Rapla_vallavalitsus, lk 17
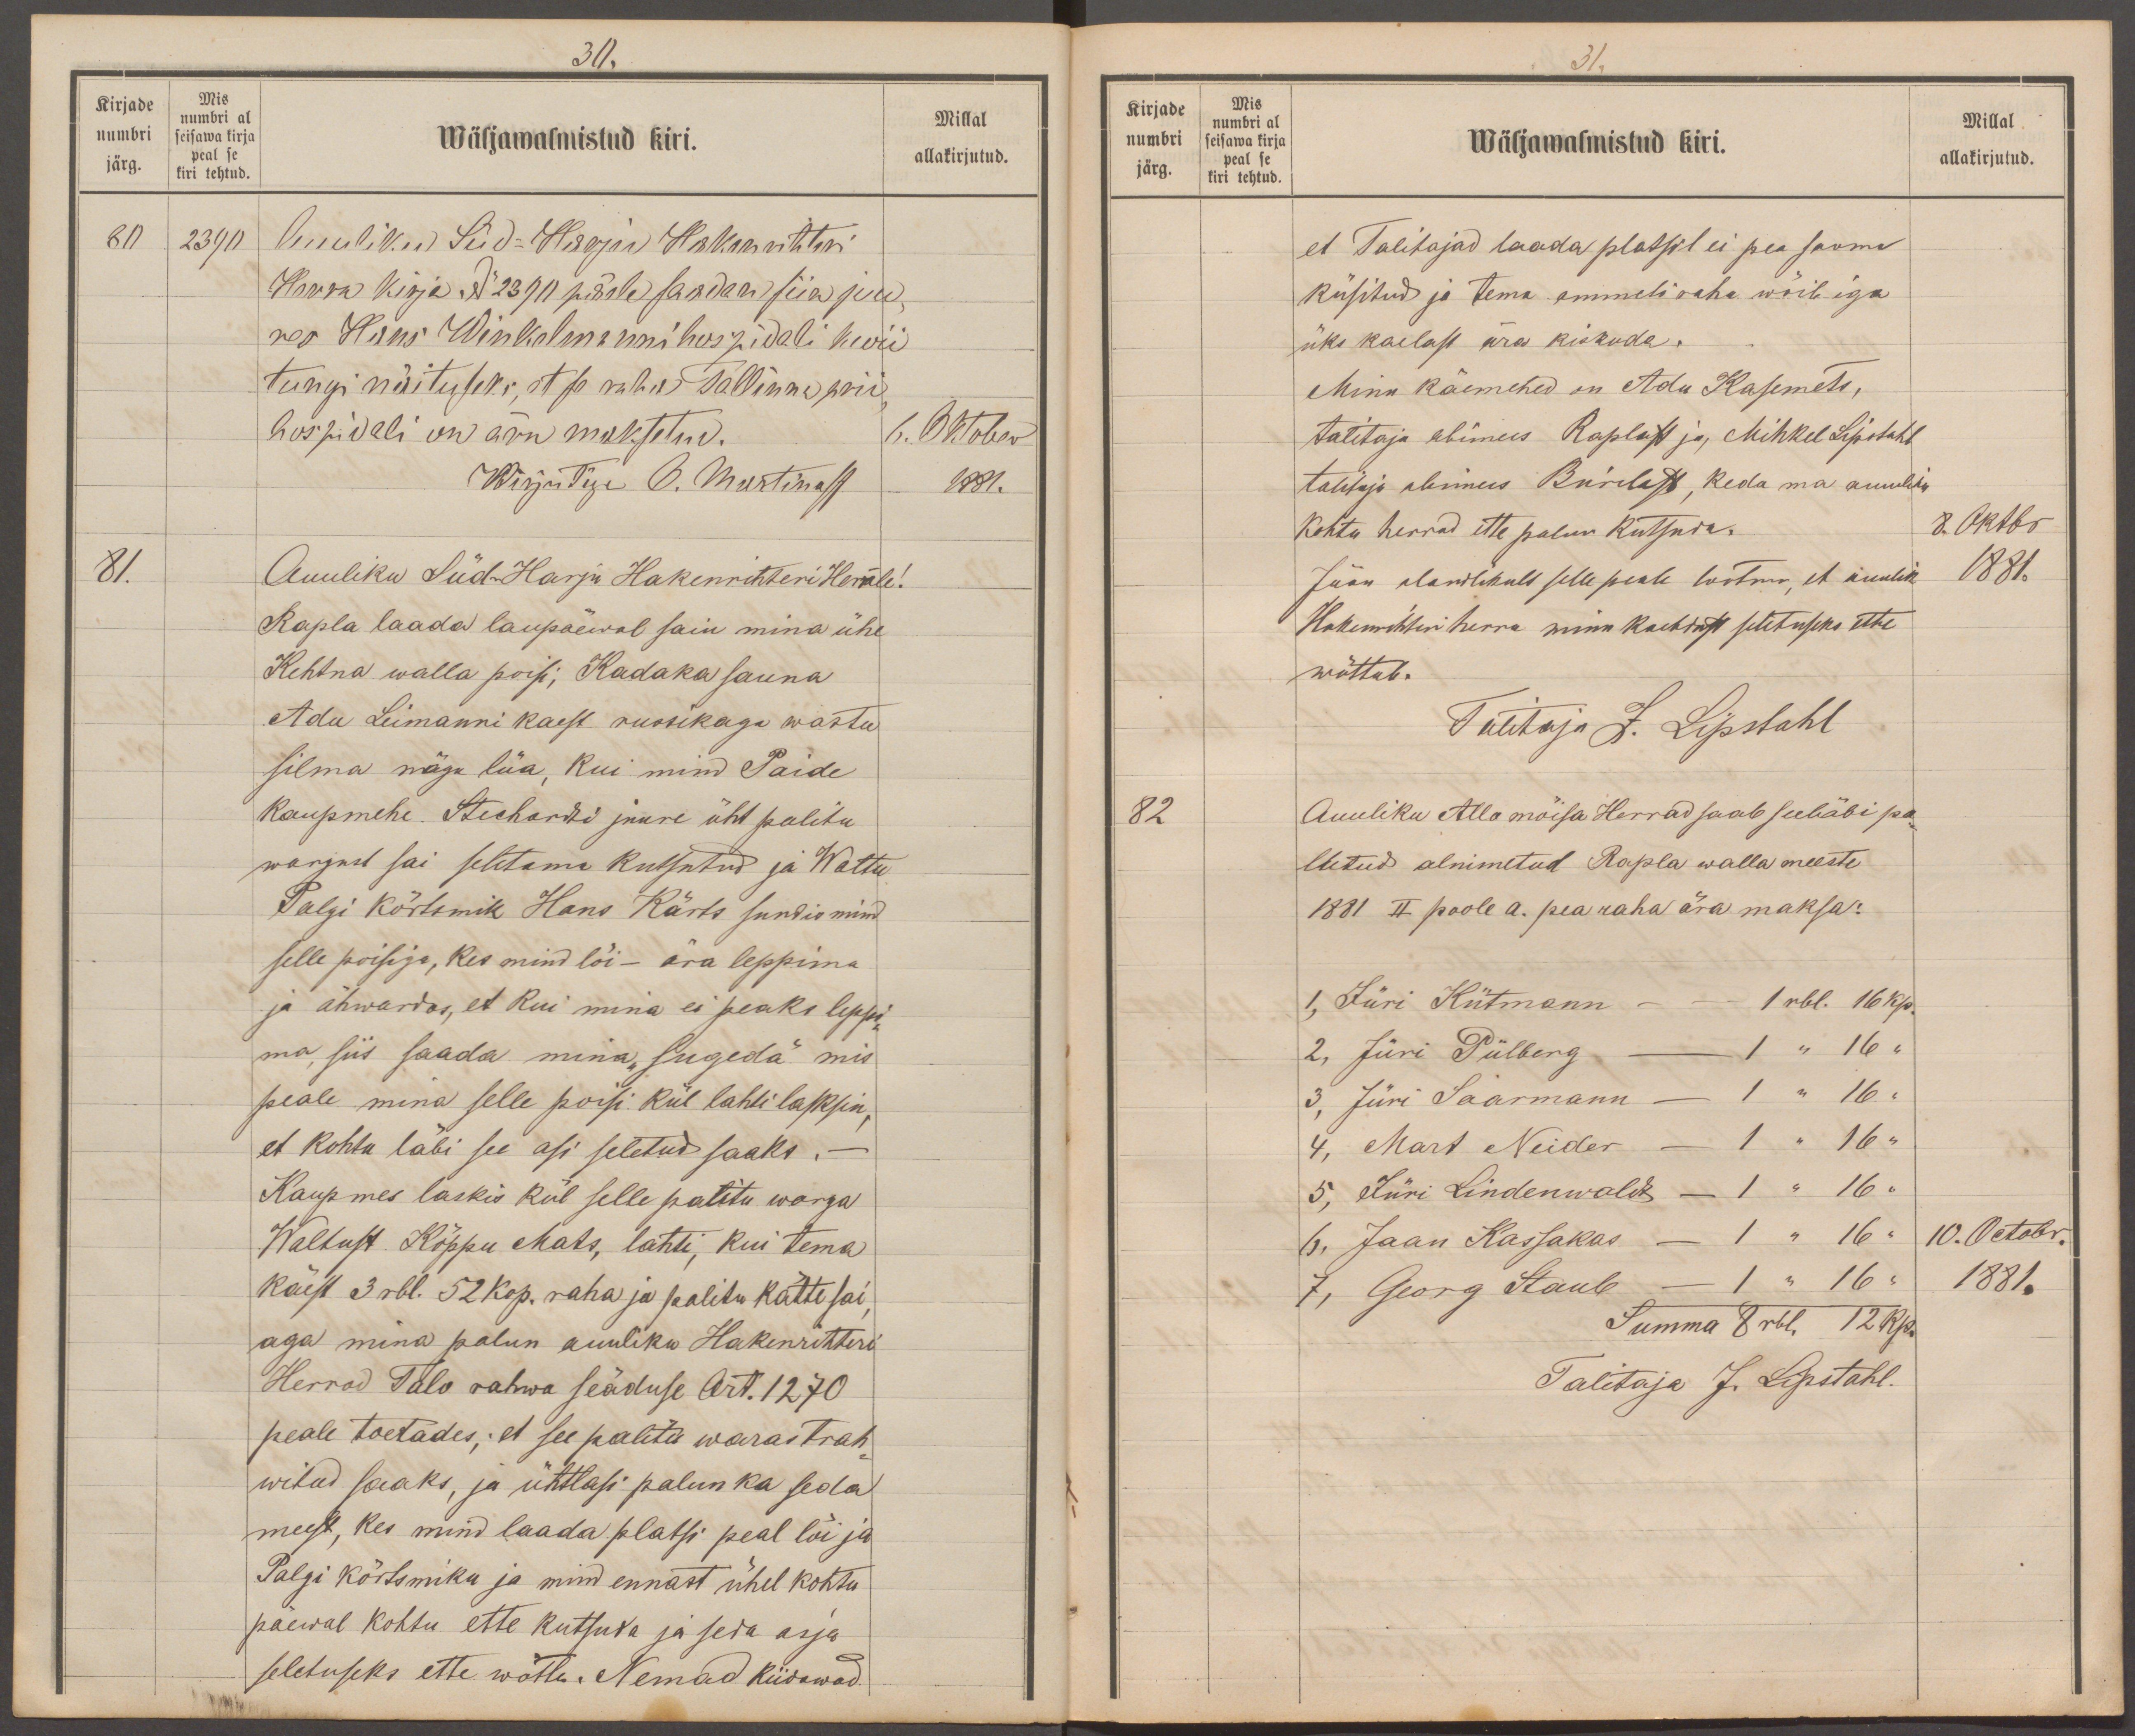
30.
Kirjade
Mis
numbri al
numbri
seisawa kirja
Millal
peal se
järg.
kiri tehtud
allakirjutud.
Wäljawalmistud kiri.
80
2390
Auuliku Süd-Harju Hakenrihteri
Herra kirja No 2370 pääle saadan siia juu-
res Hans Winkelmanni hospidali kwii
tungi näituseks, et se raha Tallinna prii
hospidali on ära maksetud.
6. Oktober
Wirjutine O. Martinast
1881.
81.
Auuliku Süd-Harju Hakenrihteri Herrale!
Rapla laada laupäewal sain mina ühe
Kehtna walla poisi; Kadaka sauna
Adu Leimanni kaest russikaga wastu
silma nägu lüa, kui mind Paide
kaupmehe. Stechardti juure üht palitu
wargust sai seletama kutsutud ja Waltu
Palgi kõrtsmik Hans Kärts sundis mind
selle poisiga, kes mind lõi - ära leppima
ja ähwardas, et kui mina ei peaks leppi-
ma, siis saada mina "sugeda" mis
peale mina selle poisi kül lahti lasksin,
et kohtu läbi see asi seletud saaks.-
Kaupmes laskis kül selle palitu warga
Waltust Kõppu Mats, lahti, kui tema
käest 3 rbl. 52 kop. raha ja palitu kätte sai,
aga mina palun auuliku Hakenrihteri
Herrad Talo rahwa seäduse Art. 1270
peale toetades; et see palitu waras trah-
witud saaks, ja ühtlasi palun ka seda
meest, kes mind laada platsi peal lõi ja
Palgi kõrtsmiku ja mind ennast ühel kohtu
päewal kohtu ette kutsuda ja seda asja
seletuseks ette wõtta. Nemad kiidawad

Kirjade
Mis
numbri al
Millal
numbri
Wäljawalmistud kiri.
seisawa kirja
peal se
järg.
allakirjutud.
kiri tehtud.
et Talitajad laada platsil ei pea saama
küsitud ja tema ammeti raha wõib iga
üks kaelast ära kiskuda.
Minu käemehed on Adu Kasemets,
talitaja abimees Raplast ja Mihkel Lipstahl
talitaja abimees Burilast, keda ma auuliku
Kohtu herrad ette palun kutsuda.
8. Oktbr
Jään alandlikult selle peale lootma, et auulik
1881.
Hakenrihteri herra minu kaebdust seletuseks ette
wõttab.
Talitaja J. Lipstahl
82
Auuliku Alla mõisa Herrad saab see läbi pa-
lutud alnimetud Rapla walla meeste
1881 II poole a. pea raha ära maksa:
1, Jüri Kütmann - - 1 rbl. 16 kop.
2, Jüri Piilberg - 1 " 16 "
3, Jüri Saarmann - 1 " 16 "
4, Mart Neider - 1 " 16 "
5, Jüri Lindenwaldt - 1 " 16 "
6, Jaan Kassakas - 1 " 16 "
10. Octobr.
7, Georg Staub - 1 " 16 "
1881.
Summa 8 rbl. 12 kp.
Talitaja J. Lipstahl.